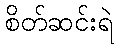
စိတ်ဆင်းရဲ